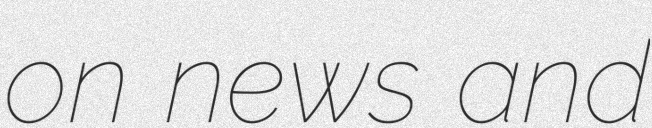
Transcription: on news and